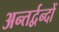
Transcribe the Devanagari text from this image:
अन्तर्द्वन्दों